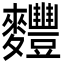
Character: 麷